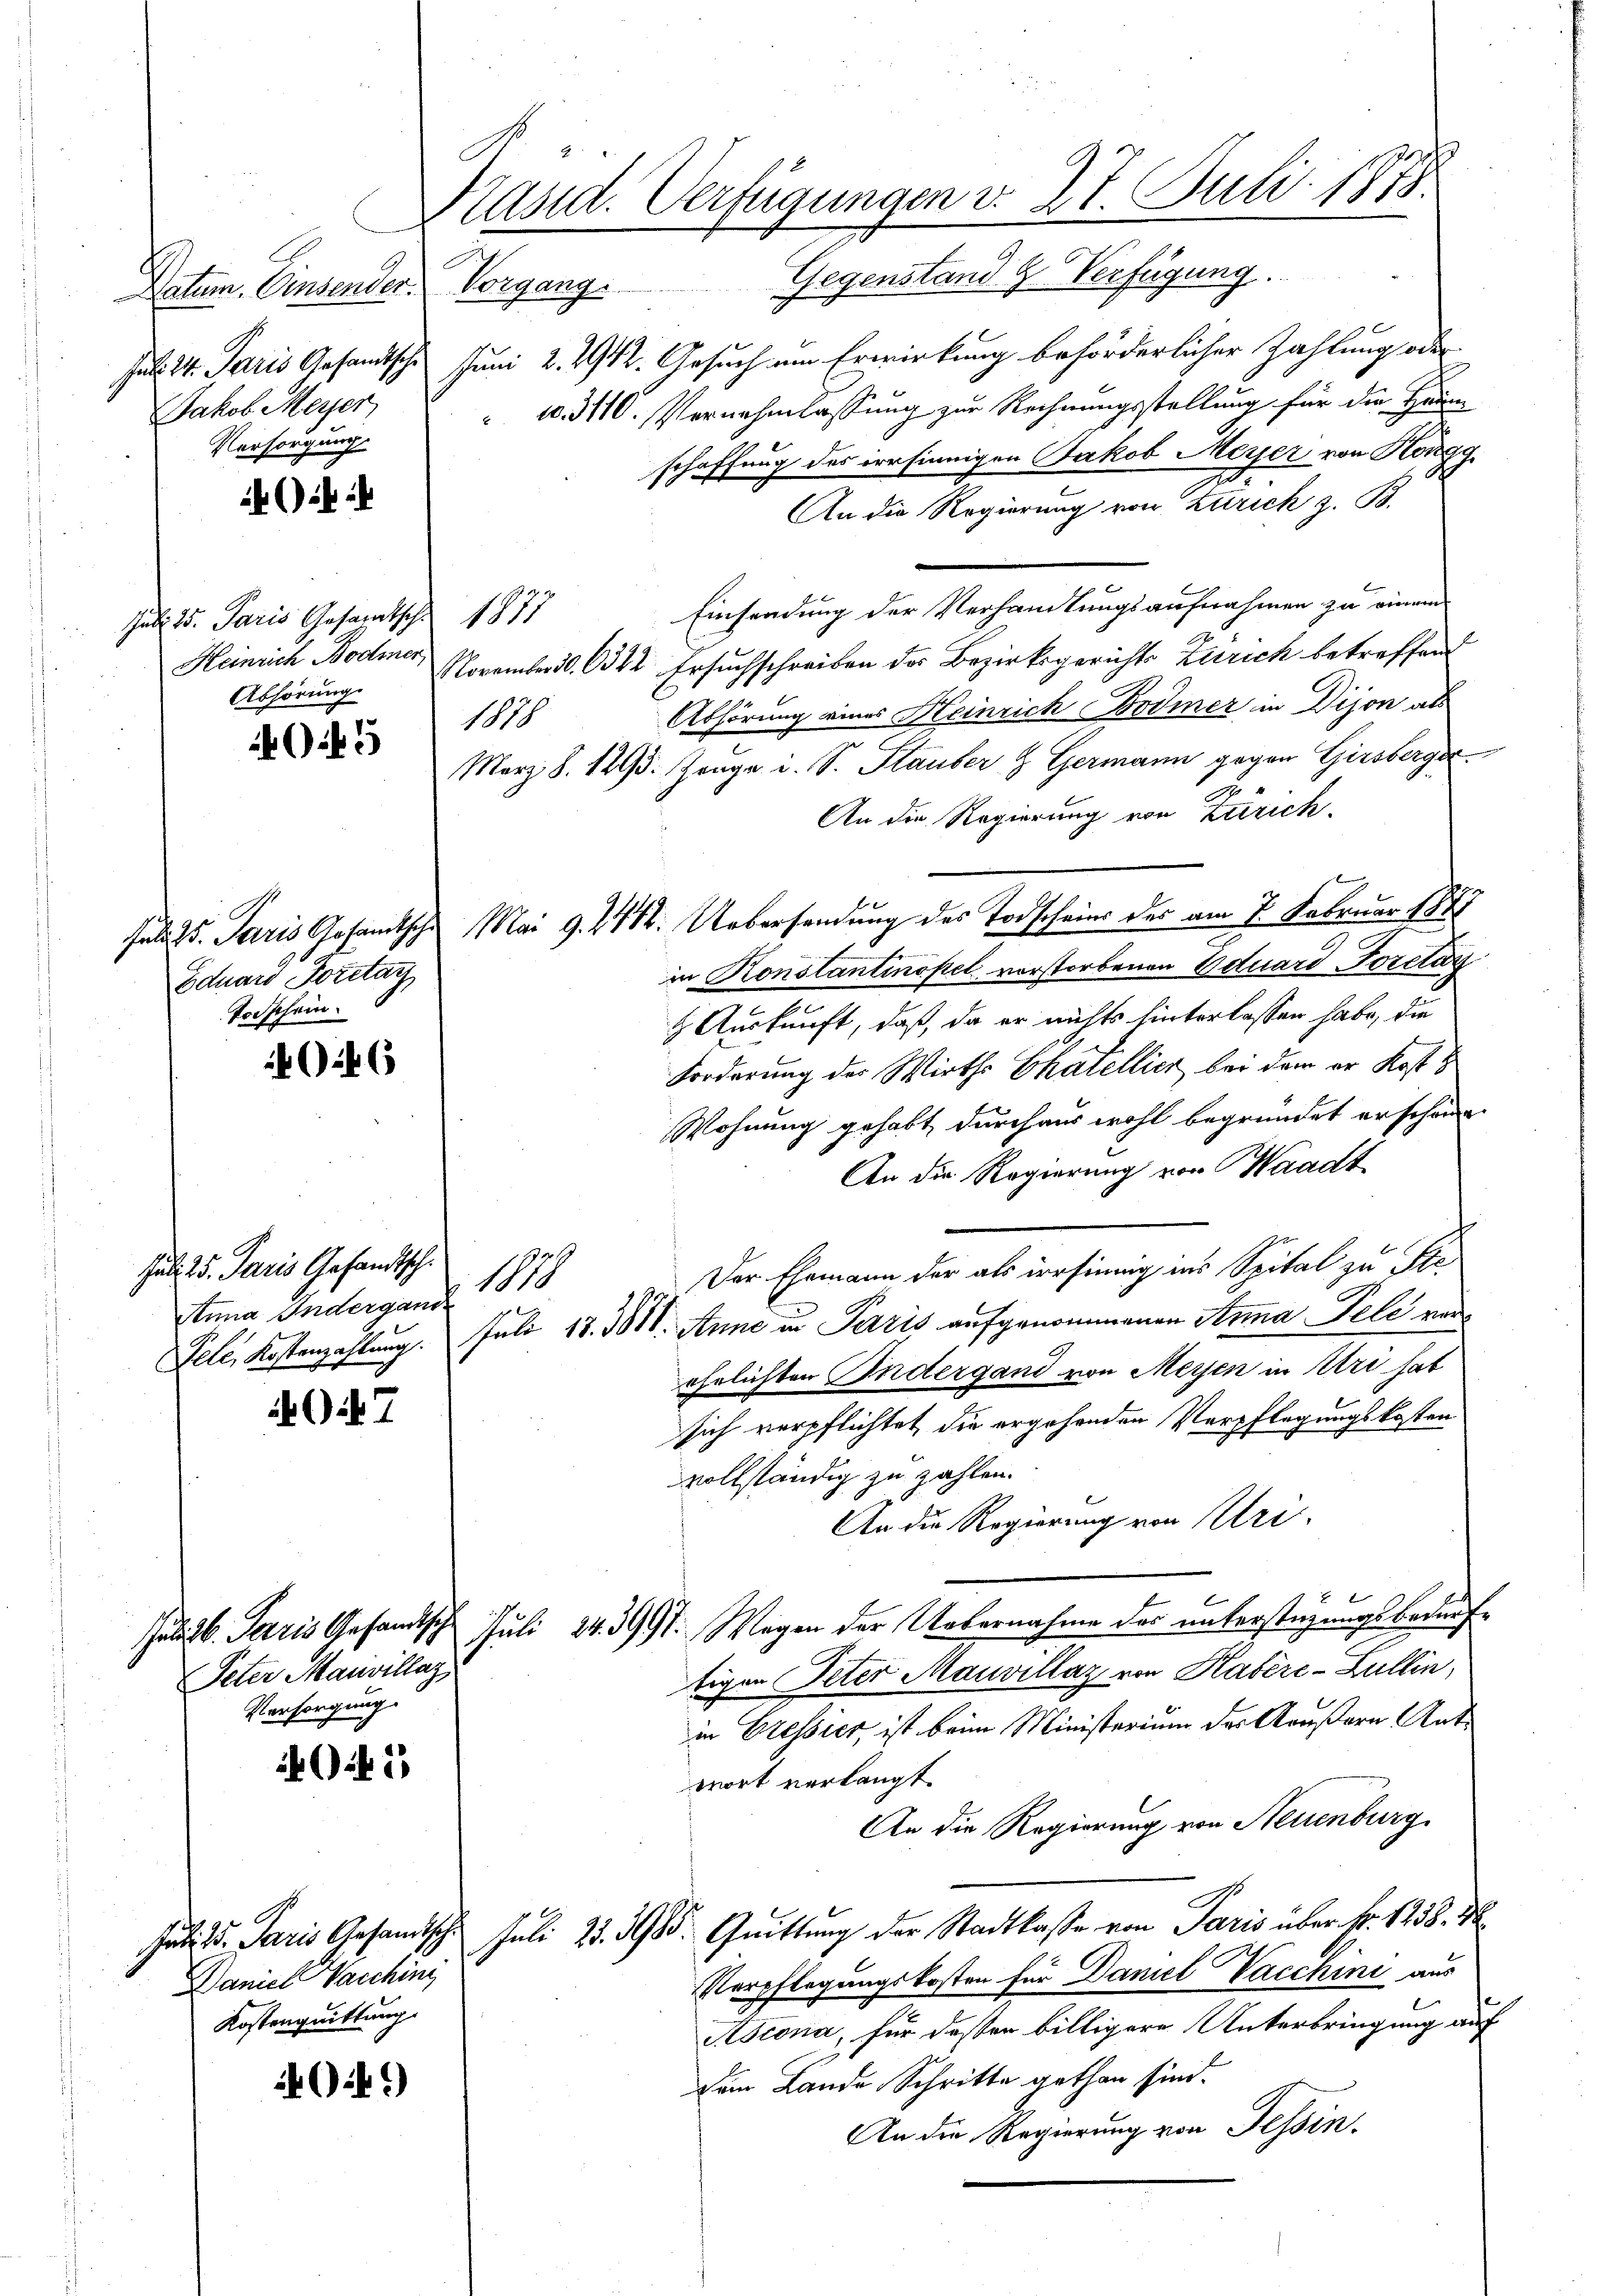
Datum. Einsender. Vorgang.
Jakob Meyer,
Versorgung

)

Jub. 25. Paris Gesandtsche 1877
Abhörung.
1878

5

Eduard Forstag,
Torschein.

46

Juli 5. Paris Gesandtsch.
Anna Indergand

7

Peter Marivillaz
Versorgung.

13

Daniel Vaschini
Kostenquittung.

69)

Päsid. Verfügungen v. 27. Juli 1875.
Gegenstand & Verfügung.

Ju. 44. Paris Gesandtsche Juni 2. K. Gesuch um Erwirkung beförderlicher Zahlung oder
10. 3110. Vernehmlassung zur Rechnungsstellung für die Häum-
schaffung des irrsinnigen Jakob Meyer von Höngg.
An die Regierung von Zürich z. B.
Einsendung der Verhandlungsaufnahmen zu einem
Heinrich Bodmer, November l. 322 Ersuchschreiben des Bezirksgerichts Zürich betreffend
Abhörung eines Heinrich Bodmer in Dijon als
März 8. 1295. Zeuge i. S. Flauber & Germann gegen Girsberger¬
An die Regierung von Zürich.
suls 25. Paris Gesamtsche Mai 9. 211. Uebersendung des Todscheins des am 7. Februar 1881
in Konstantinopel vorstorbenen Eduard Toretar
 Auskunft, daß, da er nichts hinterlassen habe, die
Forderung der Wirths Chatellier bei dem er Kost
Wohnung gehabt, durchaus wohl begründet erschöne
An die Regierung von Waadt
g.
Der Ehemann der als irrsinnig ins Spital zu Ste
1818
Fele, Kostenzahlung. Juli 18. 381. Anne in Perris aufgenommenen Anna Tele von
ehelichten Indergand von Meyen in Uri hat
sich verpflichtet die ergehenden Verpflegungskosten
vollständig zu zahlen.
An die Regierung von Uri
Juli 16. Terris Gesandtsch Juli 24. 3997. Wegen der Uebernahme der unterstüzungsbedürftigen Peter Mauvillaz von Kabère-Zullin,
in Pressier, ist beim Ministerium des Aeußern Ant.
wort verlangt.
An die Regierung von Neuenburg
Juli d. Paris Gesandtsch. Juli 25. 3985. Quittung der Stadtlasse von Paris über Nr. 1258. M
Verpflegungskosten für Daniel Vacchini aus
Ascona, für dessen billigere Unterbringung auf
Dein Lando Schritte gethan sind.
An die Regierung von Tessin.